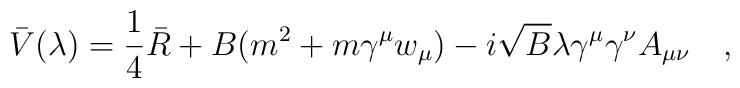
\bar{V}(\lambda)=\frac 14 \bar{R}+B(m^2+m\gamma^\mu w_\mu)-i \sqrt{B}\lambda \gamma^\mu\gamma^\nu A_{\mu\nu}~~~,